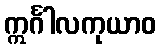
ဣင်္ဂါလကုယာဝ